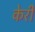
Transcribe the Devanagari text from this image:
केरीं